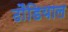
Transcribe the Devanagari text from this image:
ढौंडियाल